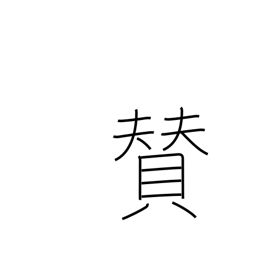
Meaning: title or inscription on picture